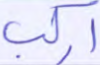
اركب